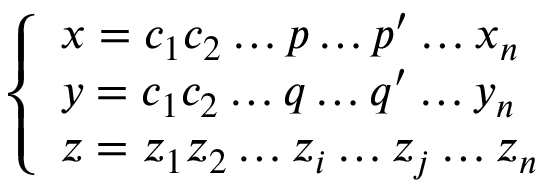
\left\{ \begin{array} { l l } { x = c _ { 1 } c _ { 2 } \ldots p \ldots p ^ { \prime } \ldots x _ { n } } \\ { y = c _ { 1 } c _ { 2 } \ldots q \ldots q ^ { \prime } \ldots y _ { n } } \\ { z = z _ { 1 } z _ { 2 } \ldots z _ { i } \ldots z _ { j } \ldots z _ { n } } \end{array} \right.